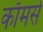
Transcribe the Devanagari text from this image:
काॅमर्स